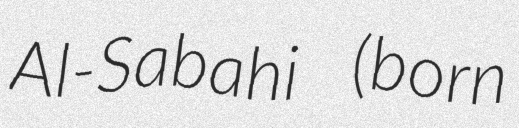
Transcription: Al-Sabahi (born